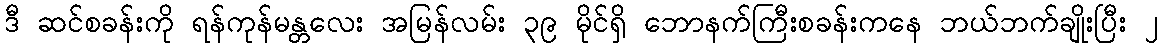
ဒီ ဆင်စခန်းကို ရန်ကုန်မန္တလေး အမြန်လမ်း ၃၉ မိုင်ရှိ ဘောနက်ကြီးစခန်းကနေ ဘယ်ဘက်ချိုးပြီး ၂